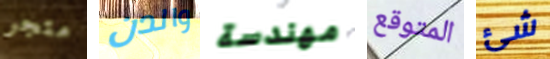
متجر والدن مهندسة المتوقع شئ